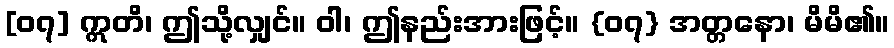
[၀၇] ဣတိ၊ ဤသို့လျှင်။ ဝါ၊ ဤနည်းအားဖြင့်။ {၀၇} အတ္တနော၊ မိမိ၏။